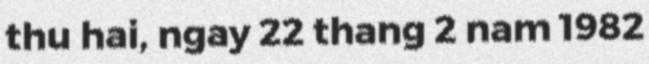
thu hai, ngay 22 thang 2 nam 1982